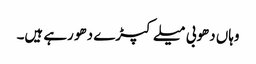
وہاں دھوبی میلے کپڑے دھو رہے ہیں۔